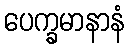
ပေက္ခမာနာနံ